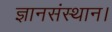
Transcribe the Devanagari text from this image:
ज्ञानसंस्थान।